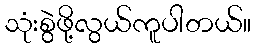
သုံးစွဲဖို့လွယ်ကူပါတယ်။